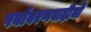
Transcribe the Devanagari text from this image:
पर्यावरणवादीयों